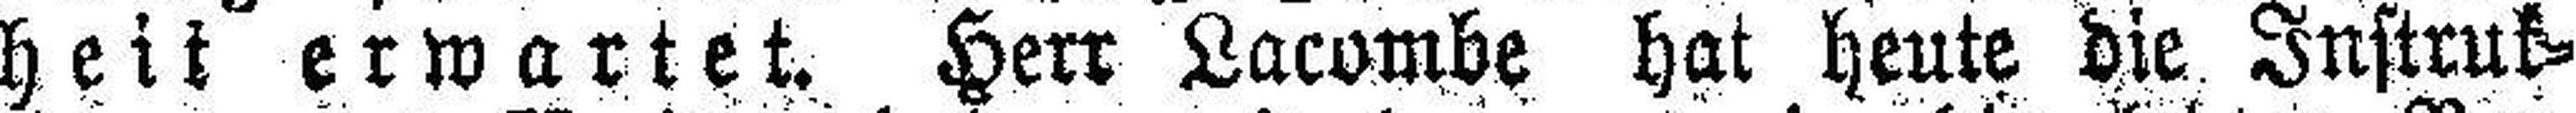
heit erwartet. Herr Lacombe hat heute die Instruk¬